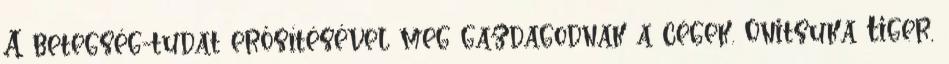
A betegség-tudat erősítésével meg gazdagodnak a cégek. Onitsuka Tiger,